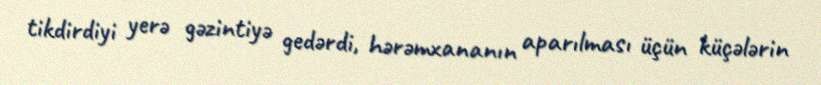
tikdirdiyi yerə gəzintiyə gedərdi, hərəmxananın aparılması üçün küçələrin